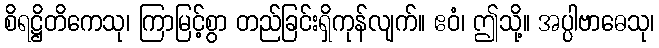
စိရဋ္ဌိတိကေသု၊ ကြာမြင့်စွာ တည်ခြင်းရှိကုန်လျက်။ ဧဝံ၊ ဤသို့။ အပ္ပါဗာဓေသု၊